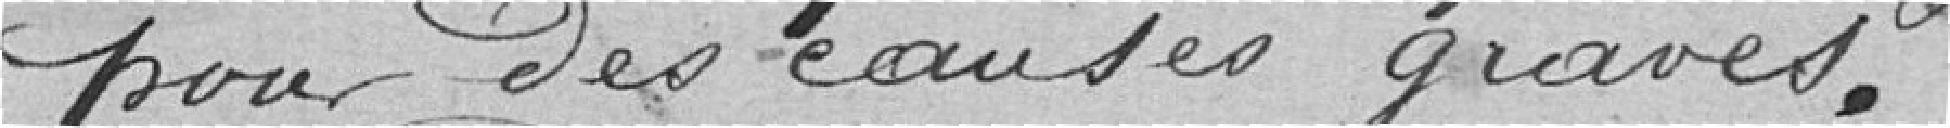
pour des causes graves.